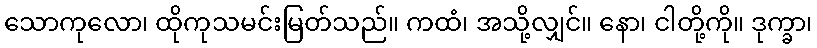
သောကုလော၊ ထိုကုသမင်းမြတ်သည်။ ကထံ၊ အသို့လျှင်။ နော၊ ငါတို့ကို။ ဒုက္ခာ၊